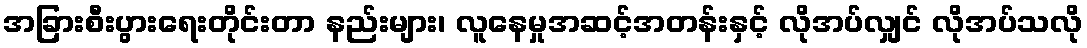
အခြားစီးပွားရေးတိုင်းတာ နည်းများ၊ လူနေမှုအဆင့်အတန်းနှင့် လိုအပ်လျှင် လိုအပ်သလို